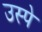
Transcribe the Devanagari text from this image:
उस्पे